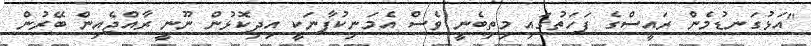
"އަޅުގަނޑުމެން ރައީސްގެ ފަހަތުގައި މިތިބެނީ ވެސް އެމަނިކުފާނަކީ އިދިކޮޅުން ނޫނީ ރާއްޖެއިން ބޭރުން